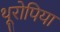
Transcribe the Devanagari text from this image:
थूरोपिया